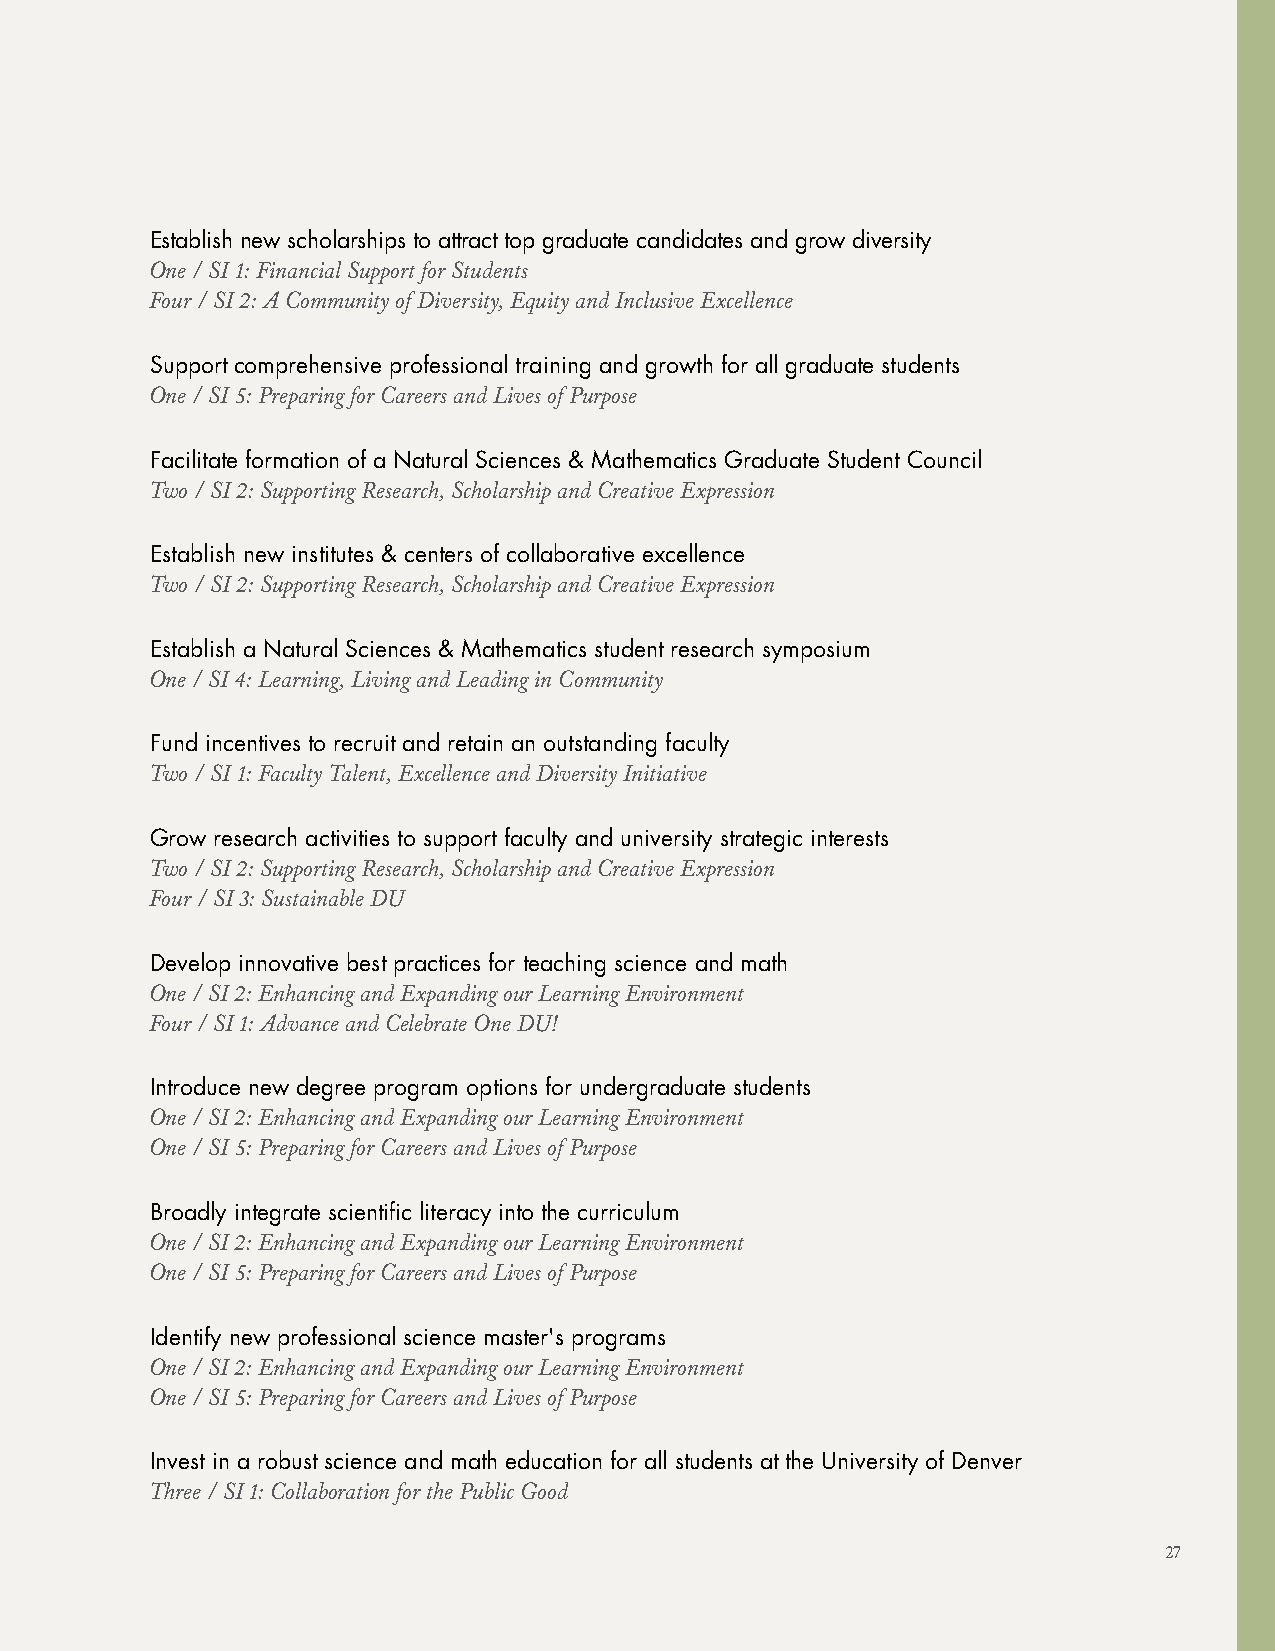
Establish new scholarships to attract top graduate candidates and grow diversity
 One / SI 1: Financial Support for Students
 Four / SI 2: A Community of Diversity, Equity and Inclusive Excellence
 Support comprehensive professional training and growth for all graduate students
 One / SI 5: Preparing for Careers and Lives of Purpose
 Facilitate formation of a Natural Sciences & Mathematics Graduate Student Council
 Two / SI 2: Supporting Research, Scholarship and Creative Expression
 Establish new institutes & centers of collaborative excellence
 Two / SI 2: Supporting Research, Scholarship and Creative Expression
 Establish a Natural Sciences & Mathematics student research symposium
 One / SI 4: Learning, Living and Leading in Community
 Fund incentives to recruit and retain an outstanding faculty
 Two / SI 1: Faculty Talent, Excellence and Diversity Initiative
 Grow research activities to support faculty and university strategic interests
 Two / SI 2: Supporting Research, Scholarship and Creative Expression
 Four / SI 3: Sustainable DU
 Develop innovative best practices for teaching science and math
 One / SI 2: Enhancing and Expanding our Learning Environment
 Four / SI 1: Advance and Celebrate One DU!
 Introduce new degree program options for undergraduate students
 One / SI 2: Enhancing and Expanding our Learning Environment
 One / SI 5: Preparing for Careers and Lives of Purpose
 Broadly integrate scientific literacy into the curriculum
 One / SI 2: Enhancing and Expanding our Learning Environment
 One / SI 5: Preparing for Careers and Lives of Purpose
 Identify new professional science master's programs
 One / SI 2: Enhancing and Expanding our Learning Environment
 One / SI 5: Preparing for Careers and Lives of Purpose
 Invest in a robust science and math education for all students at the University of Denver
 Three / SI 1: Collaboration for the Public Good
 27